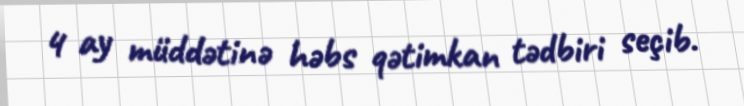
4 ay müddətinə həbs qətimkan tədbiri seçib.